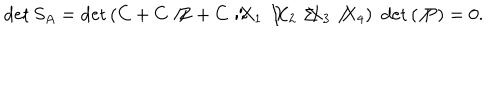
\det S _ { A } = \det \left( C + C \not { Z } + C \not { X } _ { 1 } \not { X } _ { 2 } \not { X } _ { 3 } \not { X } _ { 4 } \right) \, \, \det \left( \not { P } \right) = 0 .